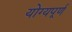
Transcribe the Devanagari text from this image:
योग्यपूर्ण